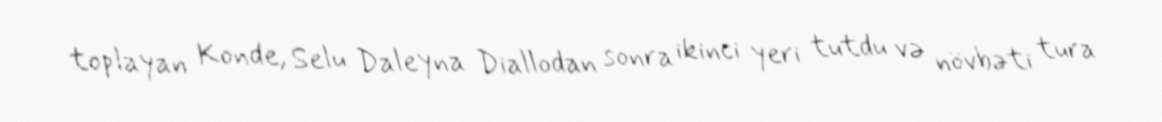
toplayan Konde, Selu Daleyna Diallodan sonra ikinci yeri tutdu və növbəti tura